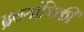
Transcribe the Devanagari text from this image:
द्रवयांत्रिकी